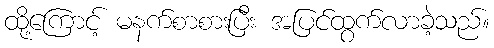
ထို့ကြောင့် မနက်စာစားပြီး အပြင်ထွက်လာခဲ့သည်။